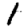
Digit: 1